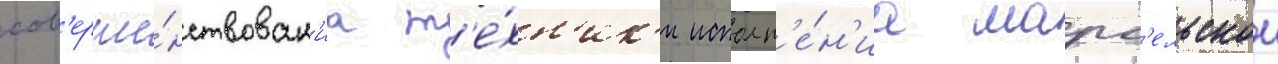
сов'ерше́нствован'иа т'е́хн'ик'и исполн'е́н'иа марс'ельскои